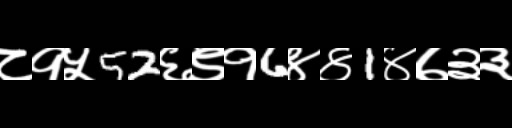
Text: ८१५52६९१6४४1४७३३